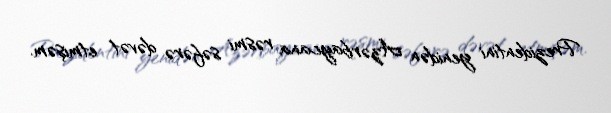
Prezidentini yenidən Azərbaycana rəsmi səfərə dəvət etmişəm.